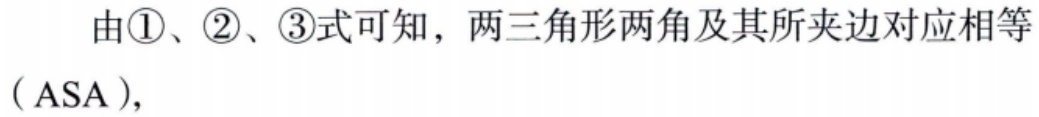
由\textcircled{1}、\textcircled{2}、\textcircled{3}式可知，两三角形两角及其所夹边对应相等

（ASA），